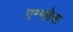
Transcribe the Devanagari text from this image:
एन्ग्लेस